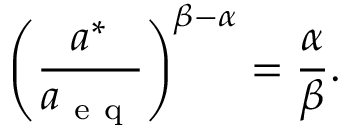
\left( \frac { a ^ { * } } { a _ { \mathrm { ~ e ~ q ~ } } } \right) ^ { \beta - \alpha } = \frac { \alpha } { \beta } .